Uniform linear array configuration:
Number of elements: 4
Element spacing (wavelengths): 0.75
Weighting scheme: kaiser
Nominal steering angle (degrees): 60
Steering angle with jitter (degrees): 58.727
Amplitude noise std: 0.05
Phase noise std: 0.05

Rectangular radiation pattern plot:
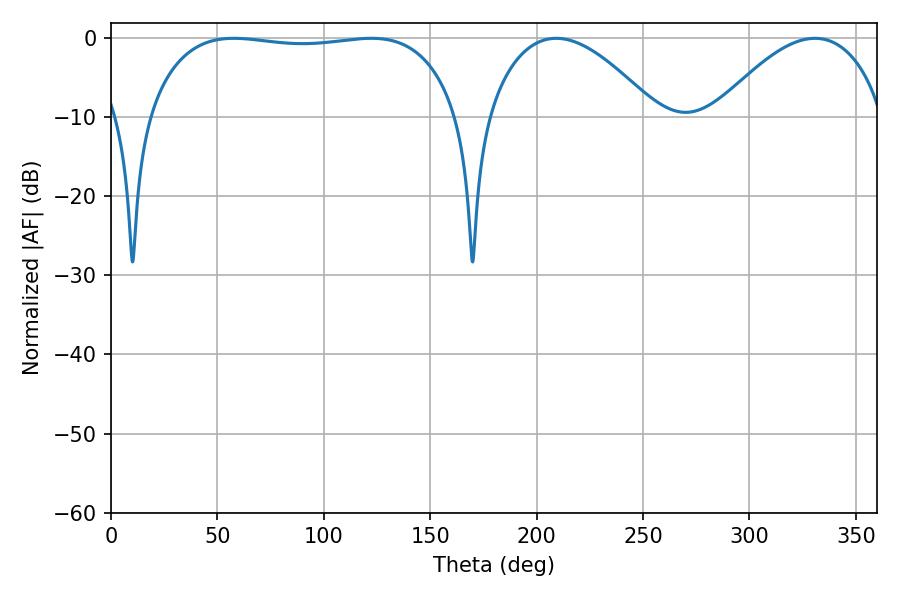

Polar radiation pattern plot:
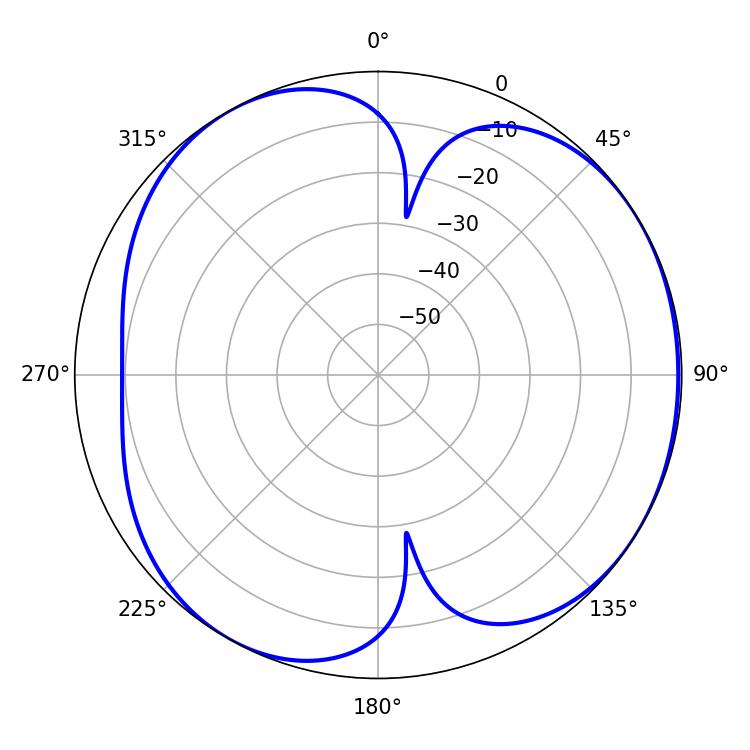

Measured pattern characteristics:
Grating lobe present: TRUE
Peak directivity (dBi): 4.715
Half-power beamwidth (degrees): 116.28
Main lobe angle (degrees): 57.78